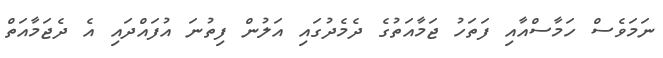
ނަމަވެސް ހަމާސްއާއި ފަތަހު ޖަމާއަތުގެ ދެމެދުގައި އަލުން ފިތުނަ އުފައްދައި އެ ދެޖަމާއަތް